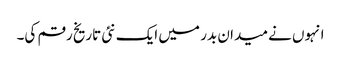
انہوں نے میدان بدر میں ایک نئی تاریخ رقم کی۔